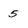
Character: 5